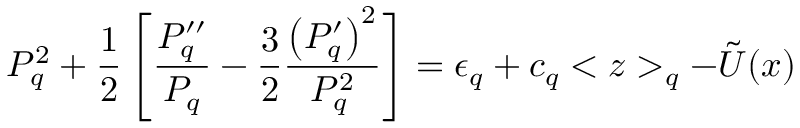
P _ { q } ^ { 2 } + \frac { 1 } { 2 } \left[ \frac { P _ { q } ^ { \prime \prime } } { P _ { q } } - \frac { 3 } { 2 } \frac { \left( P _ { q } ^ { \prime } \right) ^ { 2 } } { P _ { q } ^ { 2 } } \right] = \epsilon _ { q } + c _ { q } < z > _ { q } - \tilde { U } ( x )